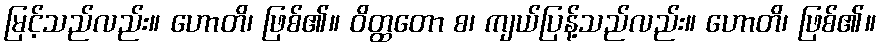
မြင့်သည်လည်း။ ဟောတိ၊ ဖြစ်၏။ ဝိတ္ထတော စ၊ ကျယ်ပြန့်သည်လည်း။ ဟောတိ၊ ဖြစ်၏။